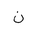
Letter: _non